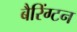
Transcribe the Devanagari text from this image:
बैरिंग्टन